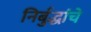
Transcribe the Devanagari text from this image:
निर्बुद्धांचे